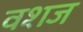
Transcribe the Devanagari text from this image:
वशज